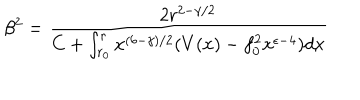
LaTeX: \beta ^ { 2 } = \frac { 2 r ^ { 2 - \gamma / 2 } } { C + \int _ { r _ { 0 } } ^ { r } x ^ { ( 6 - \gamma ) / 2 } ( V ( x ) - f _ { 0 } ^ { 2 } x ^ { \epsilon - 4 } ) d x }